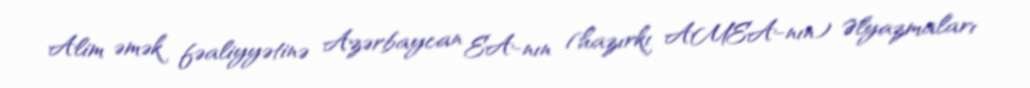
Alim əmək fəaliyyətinə Azərbaycan EA-nın (hazırkı AMEA-nın) Əlyazmaları